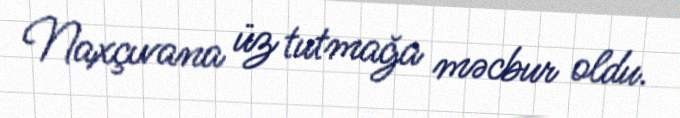
Naxçıvana üz tutmağa məcbur oldu.